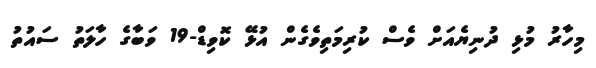
މިހާރު މުޅި ދުނިޔެއަށް ވެސް ކުރިމަތިވެގެން އުޅޭ ކޮވިޑް-19 ވަބާގެ ހާލަތު ސައުތު